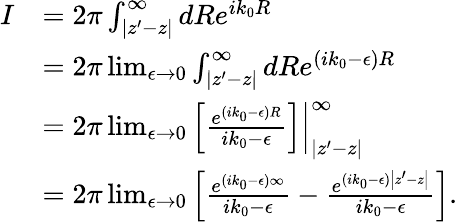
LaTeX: {\begin{array}{rl}{I}&{=2\pi\int_{\left|z^{\prime}-z\right|}^{\infty}dRe^{ik_{0}R}}\\ &{=2\pi\operatorname*{lim}_{\epsilon\to 0}\int_{\left|z^{\prime}-z\right|}^{\infty}dRe^{(ik_{0}-\epsilon)R}}\\ &{=\left.2\pi\operatorname*{lim}_{\epsilon\to 0}\left[{\frac{e^{(ik_{0}-\epsilon)R}}{ik_{0}-\epsilon}}\right]\right|_{\left|z^{\prime}-z\right|}^{\infty}}\\ &{=2\pi\operatorname*{lim}_{\epsilon\to 0}\left[{\frac{e^{(ik_{0}-\epsilon)\infty}}{ik_{0}-\epsilon}}-{\frac{e^{(ik_{0}-\epsilon){\left|z^{\prime}-z\right|}}}{ik_{0}-\epsilon}}\right].}\end{array}}